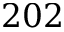
2 0 2